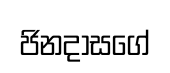
ජිනදාසගේ